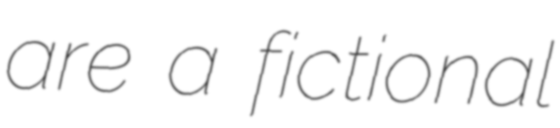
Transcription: are a fictional